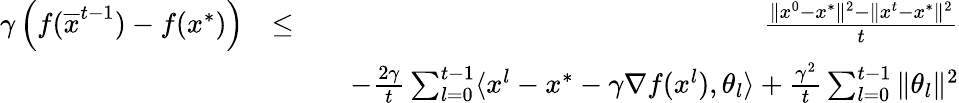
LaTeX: \begin{array}{rlr}{\gamma\left(f(\overline{{x}}^{t-1})-f(x^{*})\right)}&{\leq}&{\frac{\| x^{0}-x^{*}\| ^{2}-\| x^{t}-x^{*}\| ^{2}}{t}}\\ &{}&{\quad-\frac{2\gamma}{t}\sum_{l=0}^{t-1}\langle x^{l}-x^{*}-\gamma\nabla f(x^{l}),\theta_{l}\rangle+\frac{\gamma^{2}}{t}\sum_{l=0}^{t-1}\| \theta_{l}\| ^{2}}\end{array}